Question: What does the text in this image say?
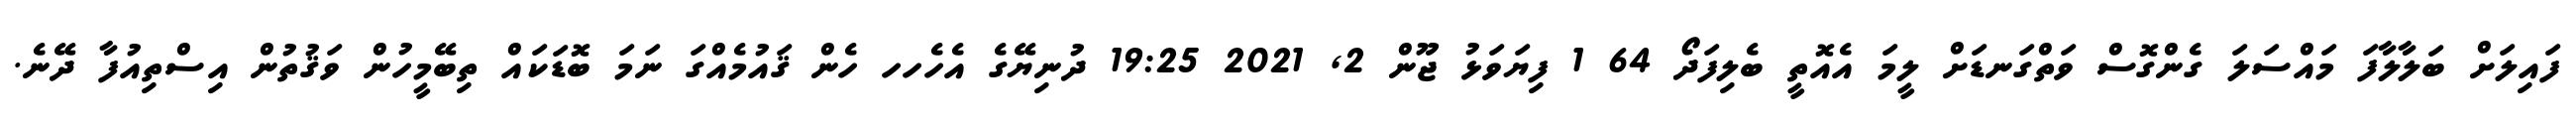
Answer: ފައިލަށް ބަލާލާފަ މައްސަލަ ގެންގޮސް ވަތްގަނޑަށް ލީމަ އެއޮތީ ބެލިފަދޯ 64 1 ފިޔަވަޅު ޖޫން 2, 2021 19:25 ދުނިޔޭގެ އެހެހހ ހެން ޤައުމެއްގަ ނަމަ ބޮޑަކައް ތިބޭމީހުން ވަޤުތުން އިސްތިއުފާ ދޭނެ.